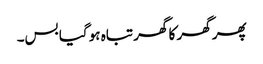
پھر گھر کا گھر تباہ ہو گیا بس۔